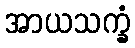
အာယသက္ခံ